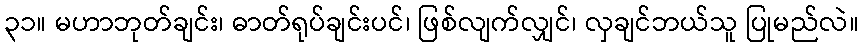
၃၁။ မဟာဘုတ်ချင်း၊ ဓာတ်ရုပ်ချင်းပင်၊ ဖြစ်လျက်လျှင်၊ လှချင်ဘယ်သူ ပြုမည်လဲ။